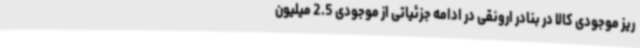
ریز موجودی کالا در بنادر ارونقی در ادامه جزئیاتی از موجودی 2.5 میلیون